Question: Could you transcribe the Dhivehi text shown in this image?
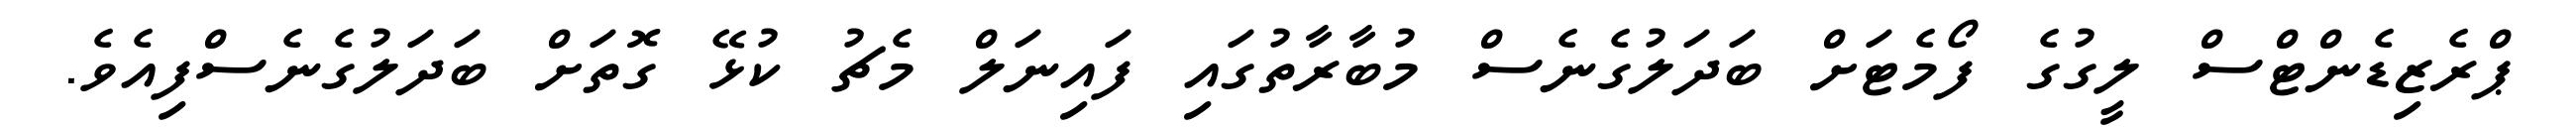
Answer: ޕްރެޒިޑެންޓްސް ލީގުގެ ފޯމެޓަށް ބަދަލުގެނެސް މުބާރާތުގައި ފައިނަލް މެޗު ކުޅޭ ގޮތަށް ބަދަލުގެނެސްފިއެވެ.